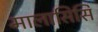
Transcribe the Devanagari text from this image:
मालासिसि